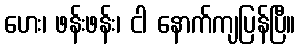
ဟေး၊ ဖန်းဖန်း၊ ငါ နောက်ကျပြန်ပြီ။